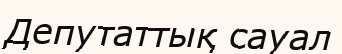
Депутаттық сауал